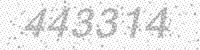
Solution: 443314